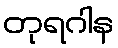
တုရဂါန